Note on the mental hospitals in Burma - 1925-1940
Year: 1925
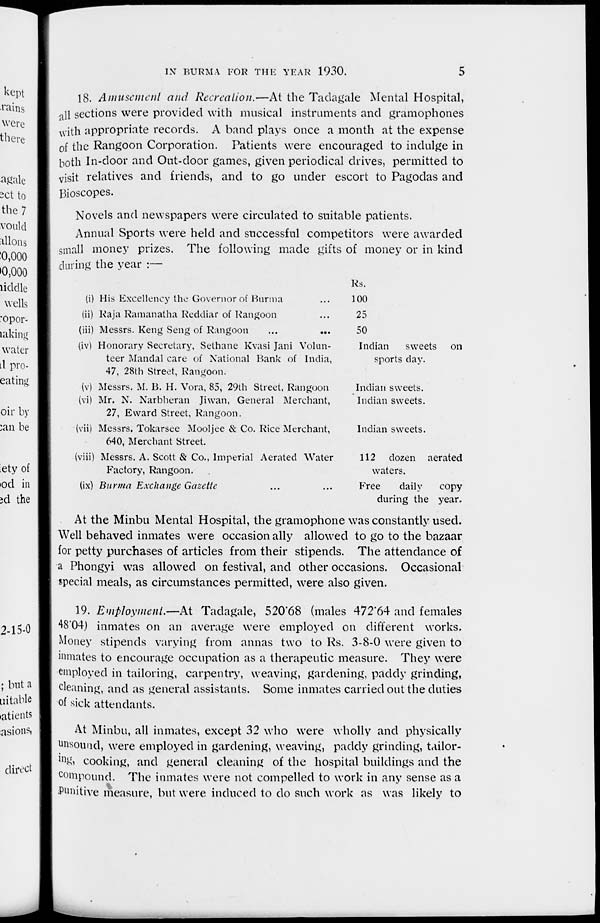
IN BURMA FOR THE YEAR 1930.
5
18. Amusement and Recreation.—At the Tadagale Mental Hospital,
all sections were provided with musical instruments and gramophones
with appropriate records. A band plays once a month at the expense
of the Rangoon Corporation. Patients were encouraged to indulge in
both In-door and Out-door games, given periodical drives, permitted to
visit relatives and friends, and to go under escort to Pagodas and
Bioscopes.
Novels and newspapers were circulated to suitable patients.
Annual Sports were held and successful competitors were awarded
small money prizes. The following made gifts of money or in kind
during the year :—
(i) His Excellency the Governor of Burma. ...
(ii) Raja Ramanatha Reddiar of Rangoon ...
(iii) Messrs. Keng Seng of Rangoon
...
...
(iv) Honorary Secretary, Sethane Kvasi Jani Volun-
teer Mandal care of National Bank of India,
47, 28th Street, Rangoon.
(v) Messrs. M. B. H. Vora, 85, 29th Street, Rangoon
(vi) Mr. N. Narbheran Jiwan, General Merchant,
27, Eward Street, Rangoon.
(vii) Messrs. Tokarsee Mooljee & Co. Rice Merchant,
640, Merchant Street.
(viii) Messrs. A. Scott & Co., Imperial Aerated Water
Factory, Rangoon.
(ix) Burma Exchange Gazette ... ...
Rs.
100
25
50
Indian
sweets
on
sports day.
Indian sweets.
Indian sweets.
Indian sweets.
112 dozen aerated
waters.
Free
daily
copy
during the year.
At the Minbu Mental Hospital, the gramophone was constantly used.
Well behaved inmates were occasion ally allowed to go to the bazaar
for petty purchases of articles from their stipends. The attendance of
a Phongyi was allowed on festival, and other occasions. Occasional
special meals, as circumstances permitted, were also given.
19. Employment.—At Tadagale, 520.68 (males 472.64 and females
48.04) inmates on an average were employed on different works.
Money stipends varying from annas two to Rs. 3-8-0 were given to
inmates to encourage occupation as a therapeutic measure. They were
employed in tailoring, carpentry, weaving, gardening, paddy grinding,
cleaning, and as general assistants. Some inmates carried out the duties
of sick attendants.
At Minbu, all inmates, except 32 who were wholly and physically
unsound, were employed in gardening, weaving, paddy grinding, tailor-
ing, cooking, and general cleaning of the hospital buildings and the
compound. The inmates were not compelled to work in any sense as a
punitive measure, but were induced to do such work as was likely to